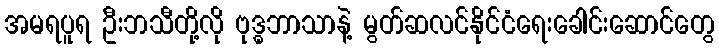
အမရပူရ ဦးဘသီတို့လို ဗုဒ္ဓဘာသာနဲ့ မွတ်ဆလင်နိုင်ငံရေးခေါင်းဆောင်တွေ